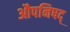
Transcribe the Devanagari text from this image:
औपनिषद्